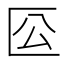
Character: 𠤰